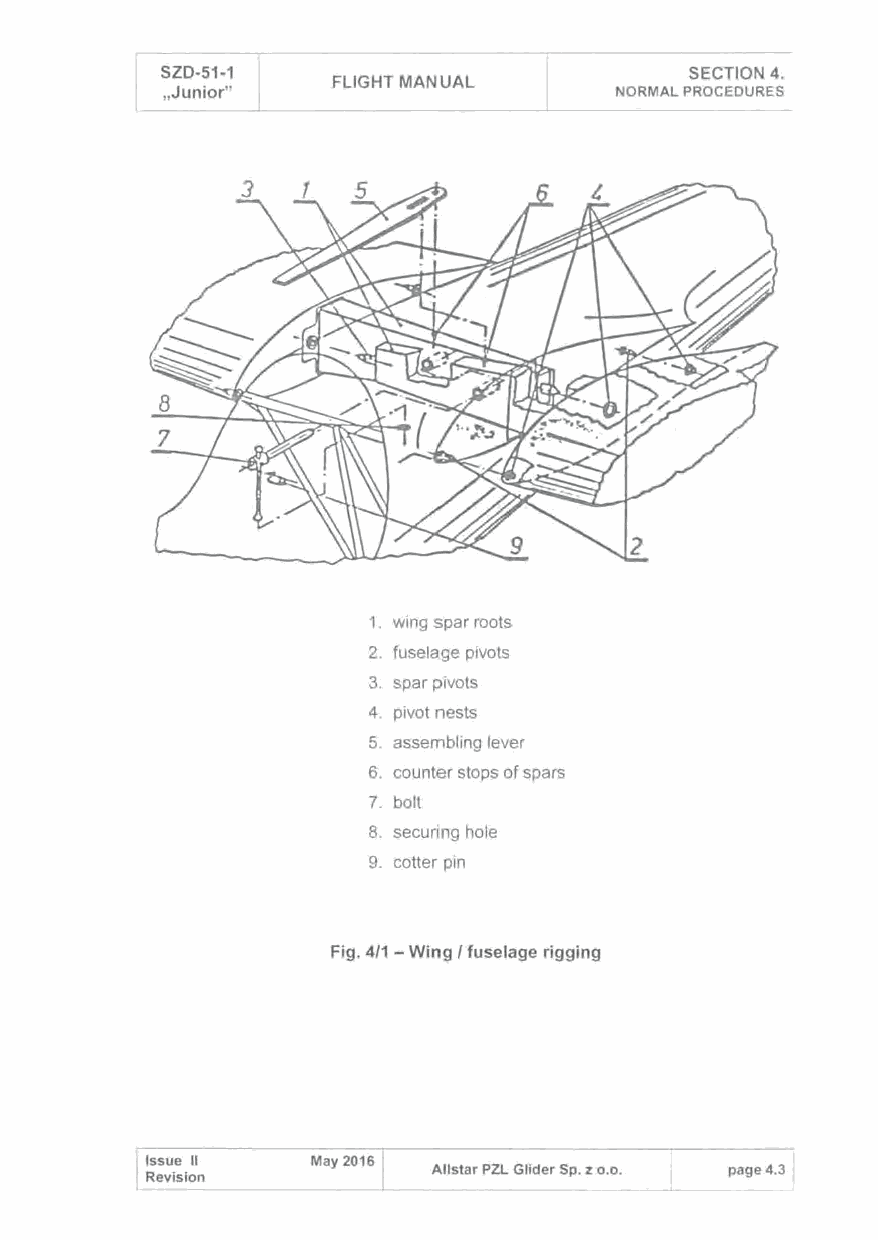
SZD-51-1
 FLIGHT MANUAL      NORMAL P~~CCTION 4.
 .,Junior"                            EDURES
 1. wing spar roots
 2. fuselage pivots
 3. spar pivots
 4. pivot nests
 5. assembling lever
 6. counter stops of sp
 7. bolt    ars
 8. securing hole
 9. cotter pin
 Fig. 4/1 -Win g I fuselage rigging
 Issue 11
 Revision          -All star PZL Glid er Sp. z o.o. page 4.3